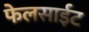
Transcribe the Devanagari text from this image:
फेलसाईट